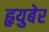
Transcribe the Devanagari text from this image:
हृयुबेर